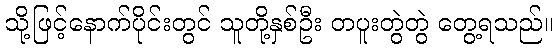
သို့ဖြင့်နောက်ပိုင်းတွင် သူတို့နှစ်ဦး တပူးတွဲတွဲ တွေ့ရသည်။